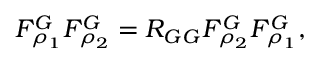
F _ { \rho _ { 1 } } ^ { G } F _ { \rho _ { 2 } } ^ { G } = R _ { G G } F _ { \rho _ { 2 } } ^ { G } F _ { \rho _ { 1 } } ^ { G } ,